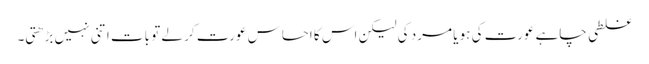
غلطی چاہے عورت کی ہو یا مرد کی لیکن اس کا احساس عورت کر لے تو بات اتنی نہیں بڑھتی۔